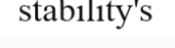
stability's